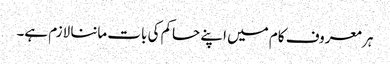
ہر معروف کام میں اپنے حاکم کی بات ماننا لازم ہے۔